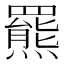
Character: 羆